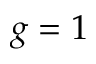
g = 1